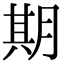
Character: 期